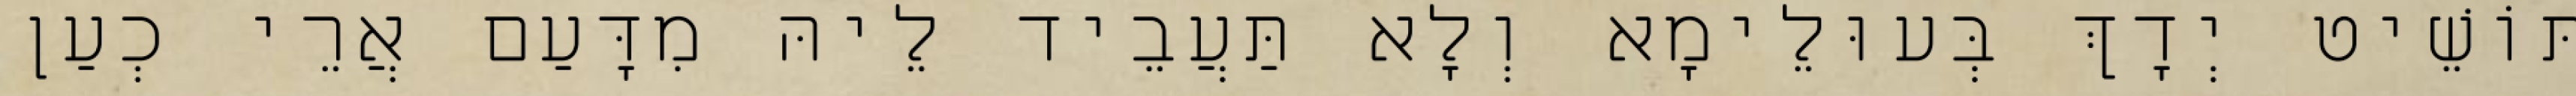
תּוֹשֵׁיט יְדָךְ בְּעוּלֵימָא וְלָא תַּעֲבֵיד לֵיהּ מִדָּעַם אֲרֵי כְעַן